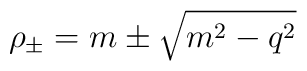
\rho_\pm = m \pm \sqrt{m^2-q^2}